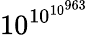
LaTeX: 10^{\, \! 10^{10^{963}}}